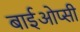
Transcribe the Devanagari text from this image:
बाईओप्सी